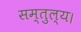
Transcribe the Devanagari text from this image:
सम्तुल्य।